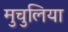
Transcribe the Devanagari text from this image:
मुचुलिया